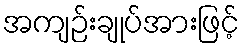
အကျဉ်းချုပ်အားဖြင့်